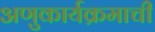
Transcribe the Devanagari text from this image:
अणुकार्यक्रमाची